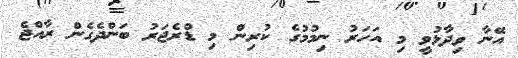
އޭނާ ވިދާޅުވީ މި އަހަރު ނިމުމުގެ ކުރިން މި ޑްރެޖަރު ބަންދެގެން ރާއްޖެ